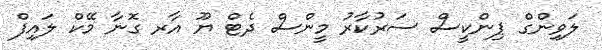
ލަވިންގް ޕިންކީސް ސަރުކާރު މީންސް ދެޓް ޔޫ އާރ ގޮނާ މޭކް ލައިފް